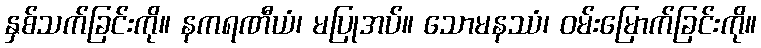
နှစ်သက်ခြင်းကို။ နကရဏီယံ၊ မပြုအပ်။ သောမနဿံ၊ ဝမ်းမြောက်ခြင်းကို။